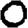
Digit: 0